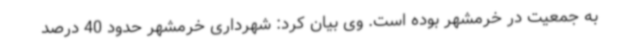
به جمعیت در خرمشهر بوده است. وی بیان کرد: شهرداری خرمشهر حدود 40 درصد